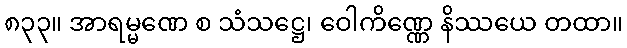
၈၃၃။ အာရမ္မဏေ စ သံသဋ္ဌေ၊ ဝေါကိဏ္ဏေ နိဿယေ တထာ။